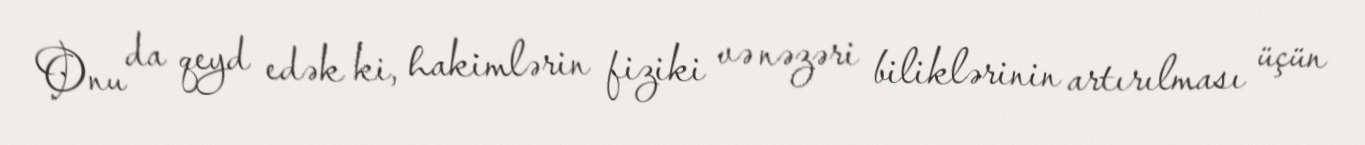
Onu da qeyd edək ki, hakimlərin fiziki və nəzəri biliklərinin artırılması üçün